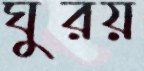
ঘুরয়